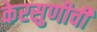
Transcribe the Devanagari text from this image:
केरसुणीची